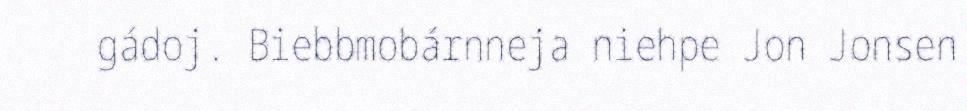
gádoj. Biebbmobárnneja niehpe Jon Jonsen